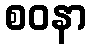
စဝနာ